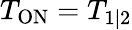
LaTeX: T_{\mathrm{ON}}=T_{1|2}